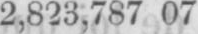
2,823,787 07